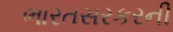
ભારતસરકરની